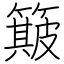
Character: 簸